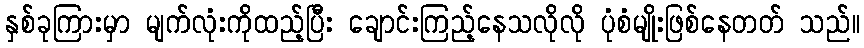
နှစ်ခုကြားမှာ မျက်လုံးကိုထည့်ပြီး ချောင်းကြည့်နေသလိုလို ပုံစံမျိုးဖြစ်နေတတ် သည်။